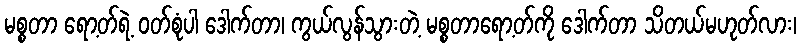
မစ္စတာ ရော့တ်ရဲ့ ဝတ်စုံပါ ဒေါက်တာ၊ ကွယ်လွန်သွားတဲ့ မစ္စတာရော့တ်ကို ဒေါက်တာ သိတယ်မဟုတ်လား၊